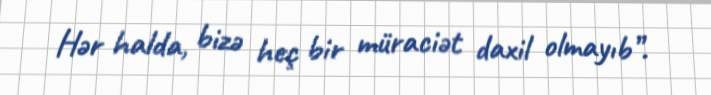
Hər halda, bizə heç bir müraciət daxil olmayıb”.